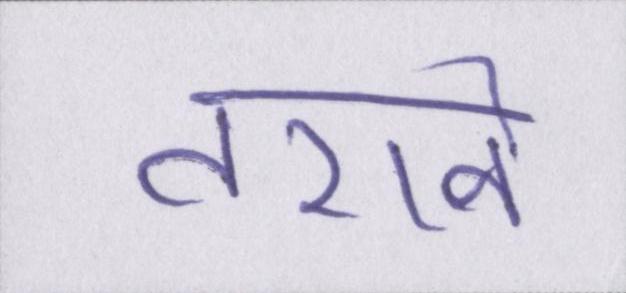
तराने